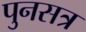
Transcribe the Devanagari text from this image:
पुनसत्र